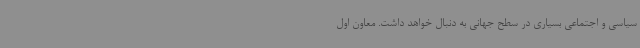
سیاسی و اجتماعی بسیاری در سطح جهانی به دنبال خواهد داشت. معاون اول